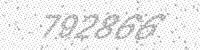
Solution: 792866